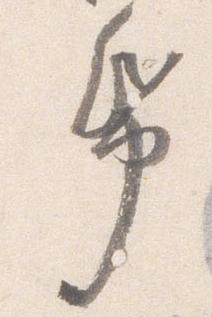
帋